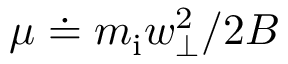
\mu \doteq m _ { \mathrm { i } } w _ { \perp } ^ { 2 } / 2 B